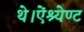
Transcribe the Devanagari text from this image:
थे।ऐंश्येण्ट